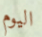
اليوم